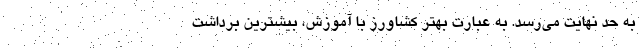
به حد نهایت می‌رسد. به عبارت بهتر کشاورز با آموزش، بیشترین برداشت